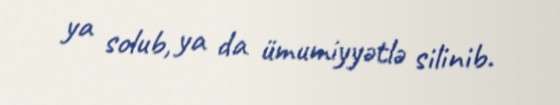
ya solub, ya da ümumiyyətlə silinib.